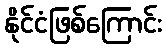
နိုင်ငံဖြစ်ကြောင်း